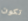
تكون